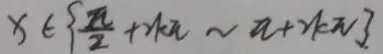
x \in \{ \frac { \pi } { 2 } + 2 k \pi \sim a + 2 k \pi \} .